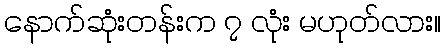
နောက်ဆုံးတန်းက ၇ လုံး မဟုတ်လား။